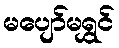
မပျော်မရွှင်